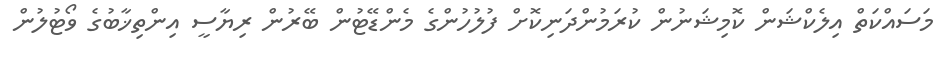
މަސައްކަތް އިލެކްޝަން ކޮމިޝަނުން ކުރަމުންދަނިކޮށް ފުލުހުންގެ މެންޑޭޓުން ބޭރުން ރިޔާސީ އިންތިޚާބުގެ ވޯޓުލުން